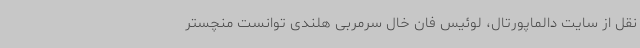
نقل از سایت دالماپورتال، لوئیس فان خال سرمربی هلندی توانست منچستر